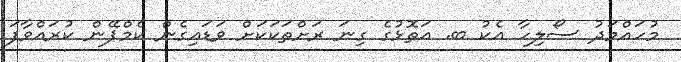
މުހައްމަދު ސޯލިހާ އެކު ބ. އަތޮޅުގެ ގިނަ ރަށްތަކަކަށް ވަޑައިގެން ކެމްޕޭން ކުރައްވާފަ